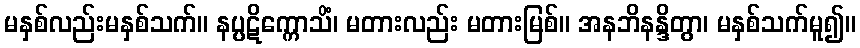
မနှစ်လည်းမနှစ်သက်။ နပ္ပဋိက္ကောသိံ၊ မတားလည်း မတားမြစ်။ အနဘိနန္ဒိတွာ၊ မနှစ်သက်မူ၍။